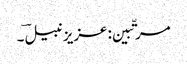
مرتّبین: عزیز نبیلؔ ۔